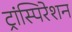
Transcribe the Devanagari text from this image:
ट्रांस्पिरेशन